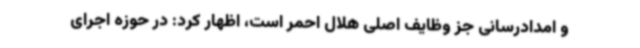
و امدادرسانی جز وظایف اصلی هلال احمر است، اظهار کرد: در حوزه اجرای